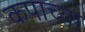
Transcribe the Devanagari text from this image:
कपाच्या